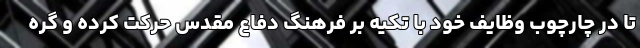
تا در چارچوب وظایف خود با تکیه بر فرهنگ دفاع مقدس حرکت کرده و گره